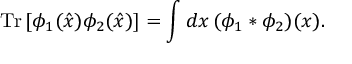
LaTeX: \mathrm { T r } \, [ \phi _ { 1 } ( \hat { x } ) \phi _ { 2 } ( \hat { x } ) ] = \int d x \, ( \phi _ { 1 } * \phi _ { 2 } ) ( x ) .